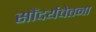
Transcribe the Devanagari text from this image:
सौंदर्यचेतना